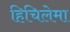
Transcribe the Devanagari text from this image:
हिचिलेमा